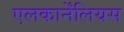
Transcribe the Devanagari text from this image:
एलकार्नेंलियस